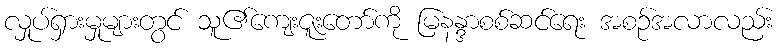
လှုပ်ရှားမှုများတွင် သူ၏ကျေးဇူးတော်ကို မြနန္ဒာစစ်ဆင်ရေး အစဉ်အလာလည်း